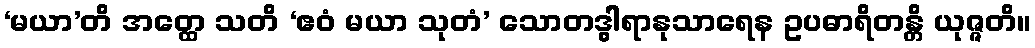
‘မယာ’တိ အတ္ထေ သတိ ‘ဧဝံ မယာ သုတံ’ သောတဒွါရာနုသာရေန ဥပဓာရိတန္တိ ယုဇ္ဇတိ။